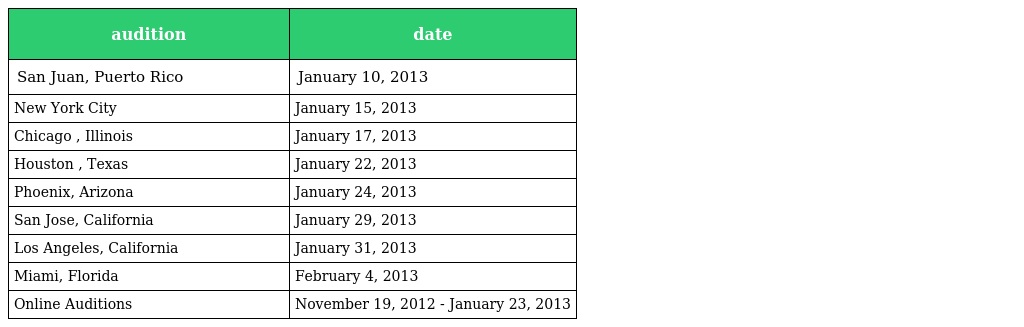
| audition | date |
 | --- | --- |
 | San Juan, Puerto Rico | January 10, 2013 |
 | New York City | January 15, 2013 |
 | Chicago , Illinois | January 17, 2013 |
 | Houston , Texas | January 22, 2013 |
 | Phoenix, Arizona | January 24, 2013 |
 | San Jose, California | January 29, 2013 |
 | Los Angeles, California | January 31, 2013 |
 | Miami, Florida | February 4, 2013 |
 | Online Auditions | November 19, 2012 - January 23, 2013 |